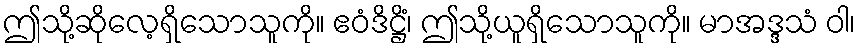
ဤသို့ဆိုလေ့ရှိသောသူကို။ ဧဝံဒိဋ္ဌိံ၊ ဤသို့ယူရှိသောသူကို။ မာအဒ္ဒသံ ဝါ၊